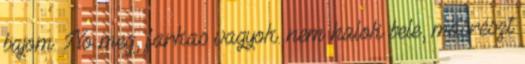
bajom. No meg, farkas vagyok. nem halok bele, másrészt